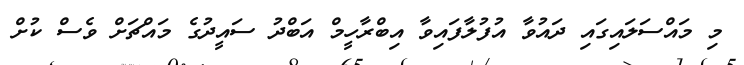
މި މައްސަލައިގައި ދައުވާ އުފުލާފައިވާ އިބްރާހީމް އަބްދު ސައީދުގެ މައްޗަށް ވެސް ކުށް